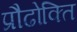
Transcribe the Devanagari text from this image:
प्रौढोक्ति